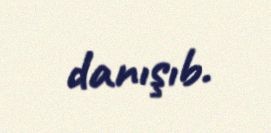
danışıb.